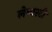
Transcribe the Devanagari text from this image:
लेम्बरटी